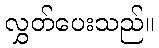
လွှတ်ပေးသည်။